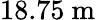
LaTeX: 18.75\mathrm{~m~}